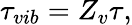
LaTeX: {\tau_{vib}}={Z_{v}}\tau,